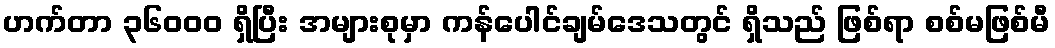
ဟက်တာ ၃၆၀၀၀ ရှိပြီး အများစုမှာ ကန်ပေါင်ချမ်ဒေသတွင် ရှိသည် ဖြစ်ရာ စစ်မဖြစ်မီ